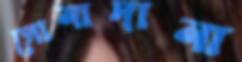
সোনাদানা